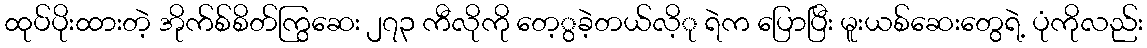
ထုပ်ပိုးထားတဲ့ အိုက်စ်စိတ်ကြွဆေး ၂၇၃ ကီလိုကို တေ့ွခဲ့တယ်လိ့ု ရဲက ပြောပြီး မူးယစ်ဆေးတွေရဲ့ ပုံကိုလည်း